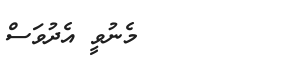
٥٨        މެނުވީ އެދުވަސް